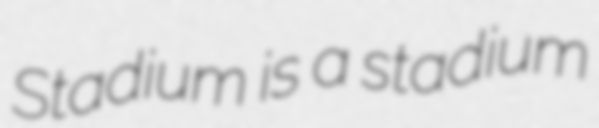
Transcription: Stadium is a stadium